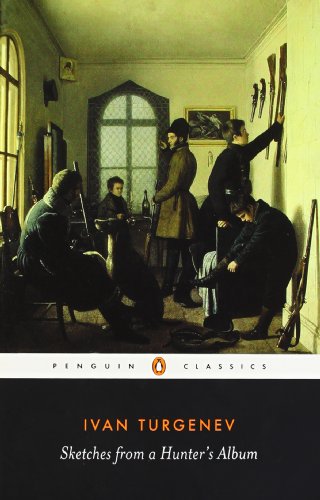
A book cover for Sketches from a Hunter's Album: The Complete Edition (Penguin Classics); Ivan Turgenev; Literature & Fiction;